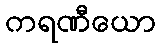
ကရဏီယော